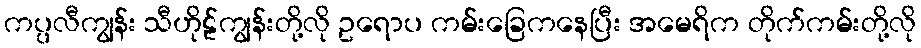
ကပ္ပလီကျွန်း သီဟိုဠ်ကျွန်းတို့လို ဥရောပ ကမ်းခြေကနေပြီး အမေရိက တိုက်ကမ်းတို့လို